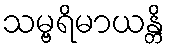
သမ္ဗရိမာယန္တိ